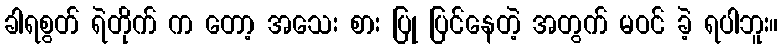
ခါရစွတ် ရဲတိုက် က တော့ အသေး စား ပြု ပြင်နေတဲ့ အတွက် မဝင် ခဲ့ ရပါဘူး။